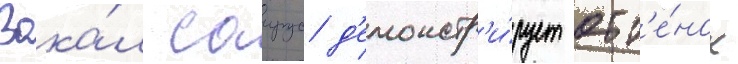
Вока́л саирус д'емонстр'и́рует отт'е́нок